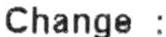
CHANGE :